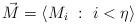
LaTeX: \begin{align*}\vec{M}=\langle M_i \ : \ i < \eta \rangle\end{align*}